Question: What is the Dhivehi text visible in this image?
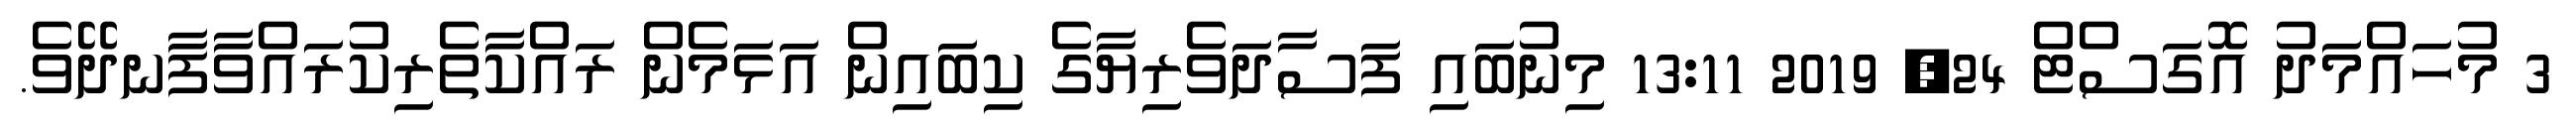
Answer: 3 މުހައްމަދު އޮގަސްޓް 24, 2019 13:11 މިނުބައި ފަސާދަވެރިޔާގެ ކިބައިން އަޅަމެން ރައްކާތެރިކުރައްވާފާނދޭވެ.